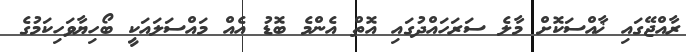
ރާއްޖޭގައި ޚާއްސަކޮށް މާލެ ސަރަހައްދުގައި އޮތް އެންމެ ބޮޑު އެއް މައްސަލައަކީ ބޯހިޔާވަހިކަމުގެ